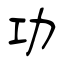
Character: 功